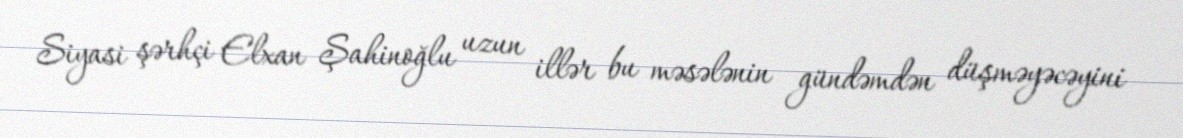
Siyasi şərhçi Elxan Şahinoğlu uzun illər bu məsələnin gündəmdən düşməyəcəyini